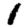
Digit: 1